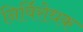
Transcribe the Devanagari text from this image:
निर्विरोधक